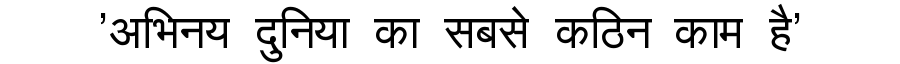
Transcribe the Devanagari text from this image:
'अभिनय दुनिया का सबसे कठिन काम है'